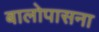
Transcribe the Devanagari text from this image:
बालोपासना